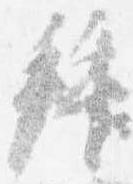
拝